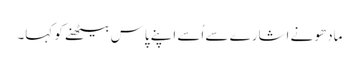
مادھو نے اشارے سے اُسے اپنے پاس بیٹھنے کو کہا۔